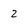
Character: 2